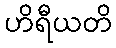
ဟိရီယတိ